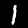
Digit: 1